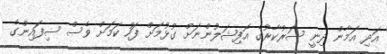
އަދި އަމާން ދިނީ ސަރުކާރުގެ އޮފިޝަލުންނަށް ގުޅުމަށް ފަހު ކަމަށް ވެސް ސިފައިންގެ